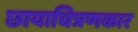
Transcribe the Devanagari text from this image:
छायाचित्रणकार